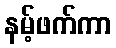
နမ့်ဖက်ကာ